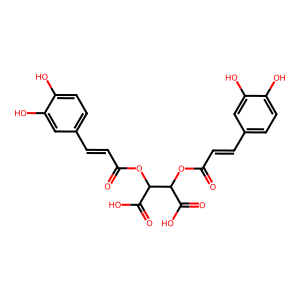
SMILES: O=C(C=Cc1ccc(O)c(O)c1)OC(C(=O)O)C(OC(=O)C=Cc1ccc(O)c(O)c1)C(=O)O
Inhibits HIV replication: No